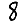
Digit: 8